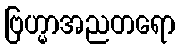
ဗြဟ္မာအညတရော